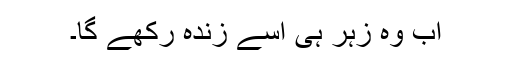
اب وہ زہر ہی اُسے زندہ رکھے گا۔